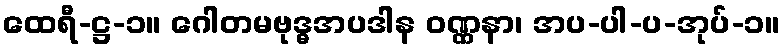
ထေရီ-ဋ္ဌ-၁။ ဂေါတမဗုဒ္ဓအပဒါန ဝဏ္ဏနာ၊ အပ-ပါ-ပ-အုပ်-၁။